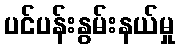
ပင်ပန်းနွမ်းနယ်မှု